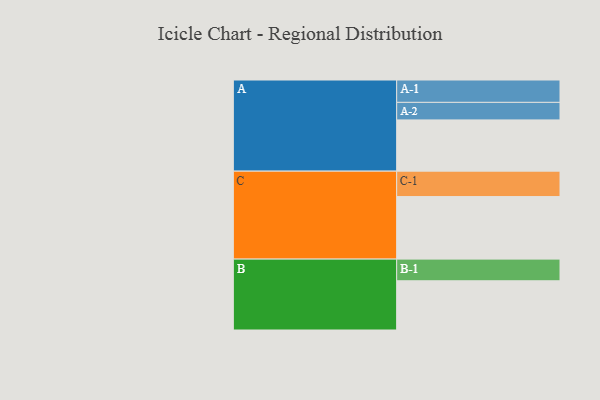
{"axis": {"x": "Segment", "y": "Value"}, "legend": ["", "A", "B", "C"], "data": [{"x": "A", "y": 435, "type": ""}, {"x": "B", "y": 418, "type": ""}, {"x": "C", "y": 531, "type": ""}, {"x": "A-1", "y": 190, "type": "A"}, {"x": "A-2", "y": 149, "type": "A"}, {"x": "B-1", "y": 184, "type": "B"}, {"x": "C-1", "y": 216, "type": "C"}]}